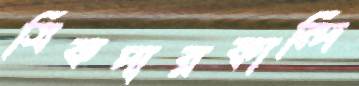
সিকদারকান্দি